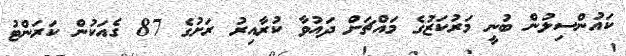
ކައުންސިލުން ބުނީ މަރުކަޒުގެ މައްޗަށް ދައުވާ ކުރާއިރު ރަށުގެ 87 ގެއަކުން ކަރަންޓު